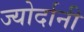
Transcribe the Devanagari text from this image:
ज्योर्दानी